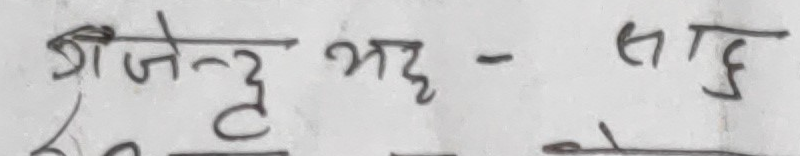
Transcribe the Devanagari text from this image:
श्रीजेन्दु भदृ - साहु